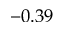
- 0 . 3 9